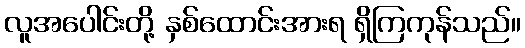
လူအပေါင်းတို့ နှစ်ထောင်းအားရ ရှိကြကုန်သည်။